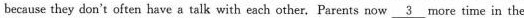
because they don't often have a talk with each other, Parents now\underline{3}more time in the